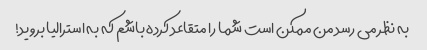
به نظر می رسد من ممکن است شما را متقاعد کرده باشم که به استرالیا بروید!